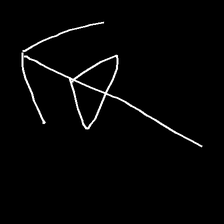
Glyph: pull